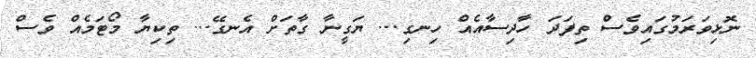
ނޮޅިވަރަމުގައިވެސް ތިފަދަ ހާދިސާއެއް ހިނގި... ޔަގީނާ ގާތަށް އެނގޭ... ތިކިޔާ މޯޓަމެއް ވެސް